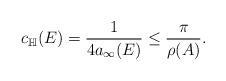
LaTeX: \begin{align*}c_{\mathbb{H}}(E) = \frac{1}{4 a_{\infty}(E)} \leq \frac{\pi}{\rho(A)}.\end{align*}